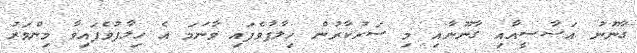
ގާނޫނު އަސާސީއާއި ގާނޫނާއި މި ސަރުކާރުން ހިލާފުވެފައި ވާނަމަ އެ ހިލާފުވެފައިވާ މިންވަރު